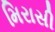
મિરાસી